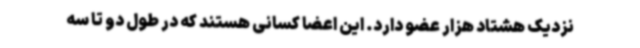
نزدیک هشتاد هزار عضو دارد. این اعضا کسانی هستند که در طول دو تا سه